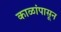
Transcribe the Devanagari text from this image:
काळांपासून